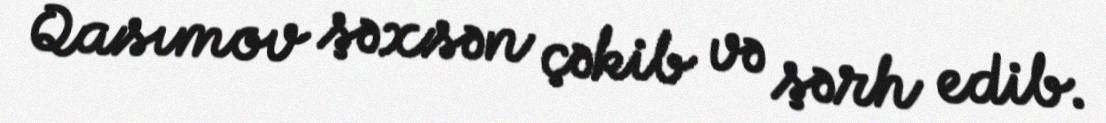
Qasımov şəxsən çəkib və şərh edib.